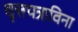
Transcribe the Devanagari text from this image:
वृत्तपत्राविना